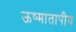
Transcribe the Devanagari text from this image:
ऊष्मातापीय